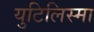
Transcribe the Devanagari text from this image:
युटिलिस्मा